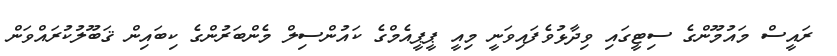
ރައީސް މައުމޫންގެ ސިޓީގައި ވިދާޅުވެފައިވަނީ މިއީ ޕީޕީއެމްގެ ކައުންސިލް މެންބަރުންގެ ކިބައިން ޤަބޫލުކުރައްވަން